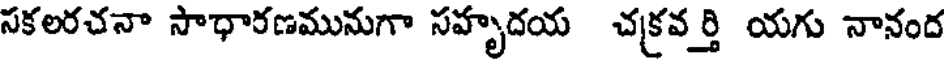
సకలరచనా సాధారణమునుగా సహృదయ చక్రవర్తి యగు నానంద